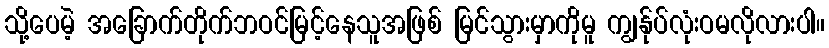
သို့ပေမဲ့ အခြောက်တိုက်ဘဝင်မြင့်နေသူအဖြစ် မြင်သွားမှာကိုမူ ကျွန်ုပ်လုံးဝမလိုလားပါ။